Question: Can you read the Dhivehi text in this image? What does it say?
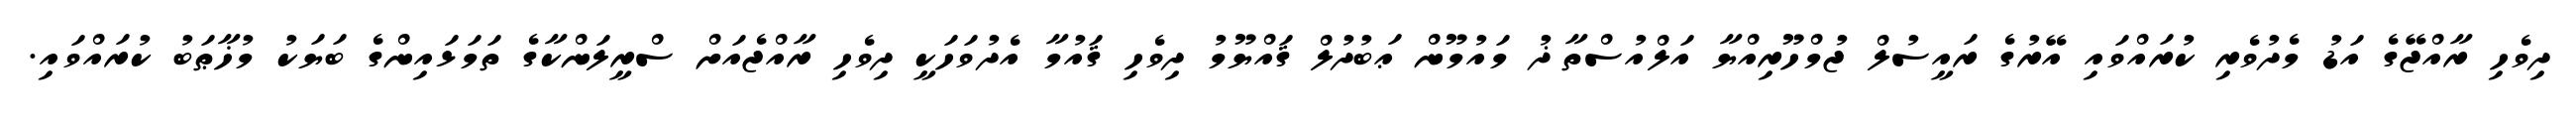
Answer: ދިވެހި ރާއްޖޭގެ އަޑު މެދުވެރި ކުރައްވައި އޭރުގެ ރައީސުލް ޖުމްހޫރިއްޔާ އަލްއުސްތާޛު މައުމޫން ޢަބުދުލް ޤައްޔޫމު ދިވެހި ޤައުމާ އެދުވަހަކީ ދިވެހި ރާއްޖެއަށް ސްރީލަންކާގެ ތަމަޅައިންގެ ބަޔަކު މުޚާޠަބު ކުރައްވައި.